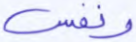
ونفس